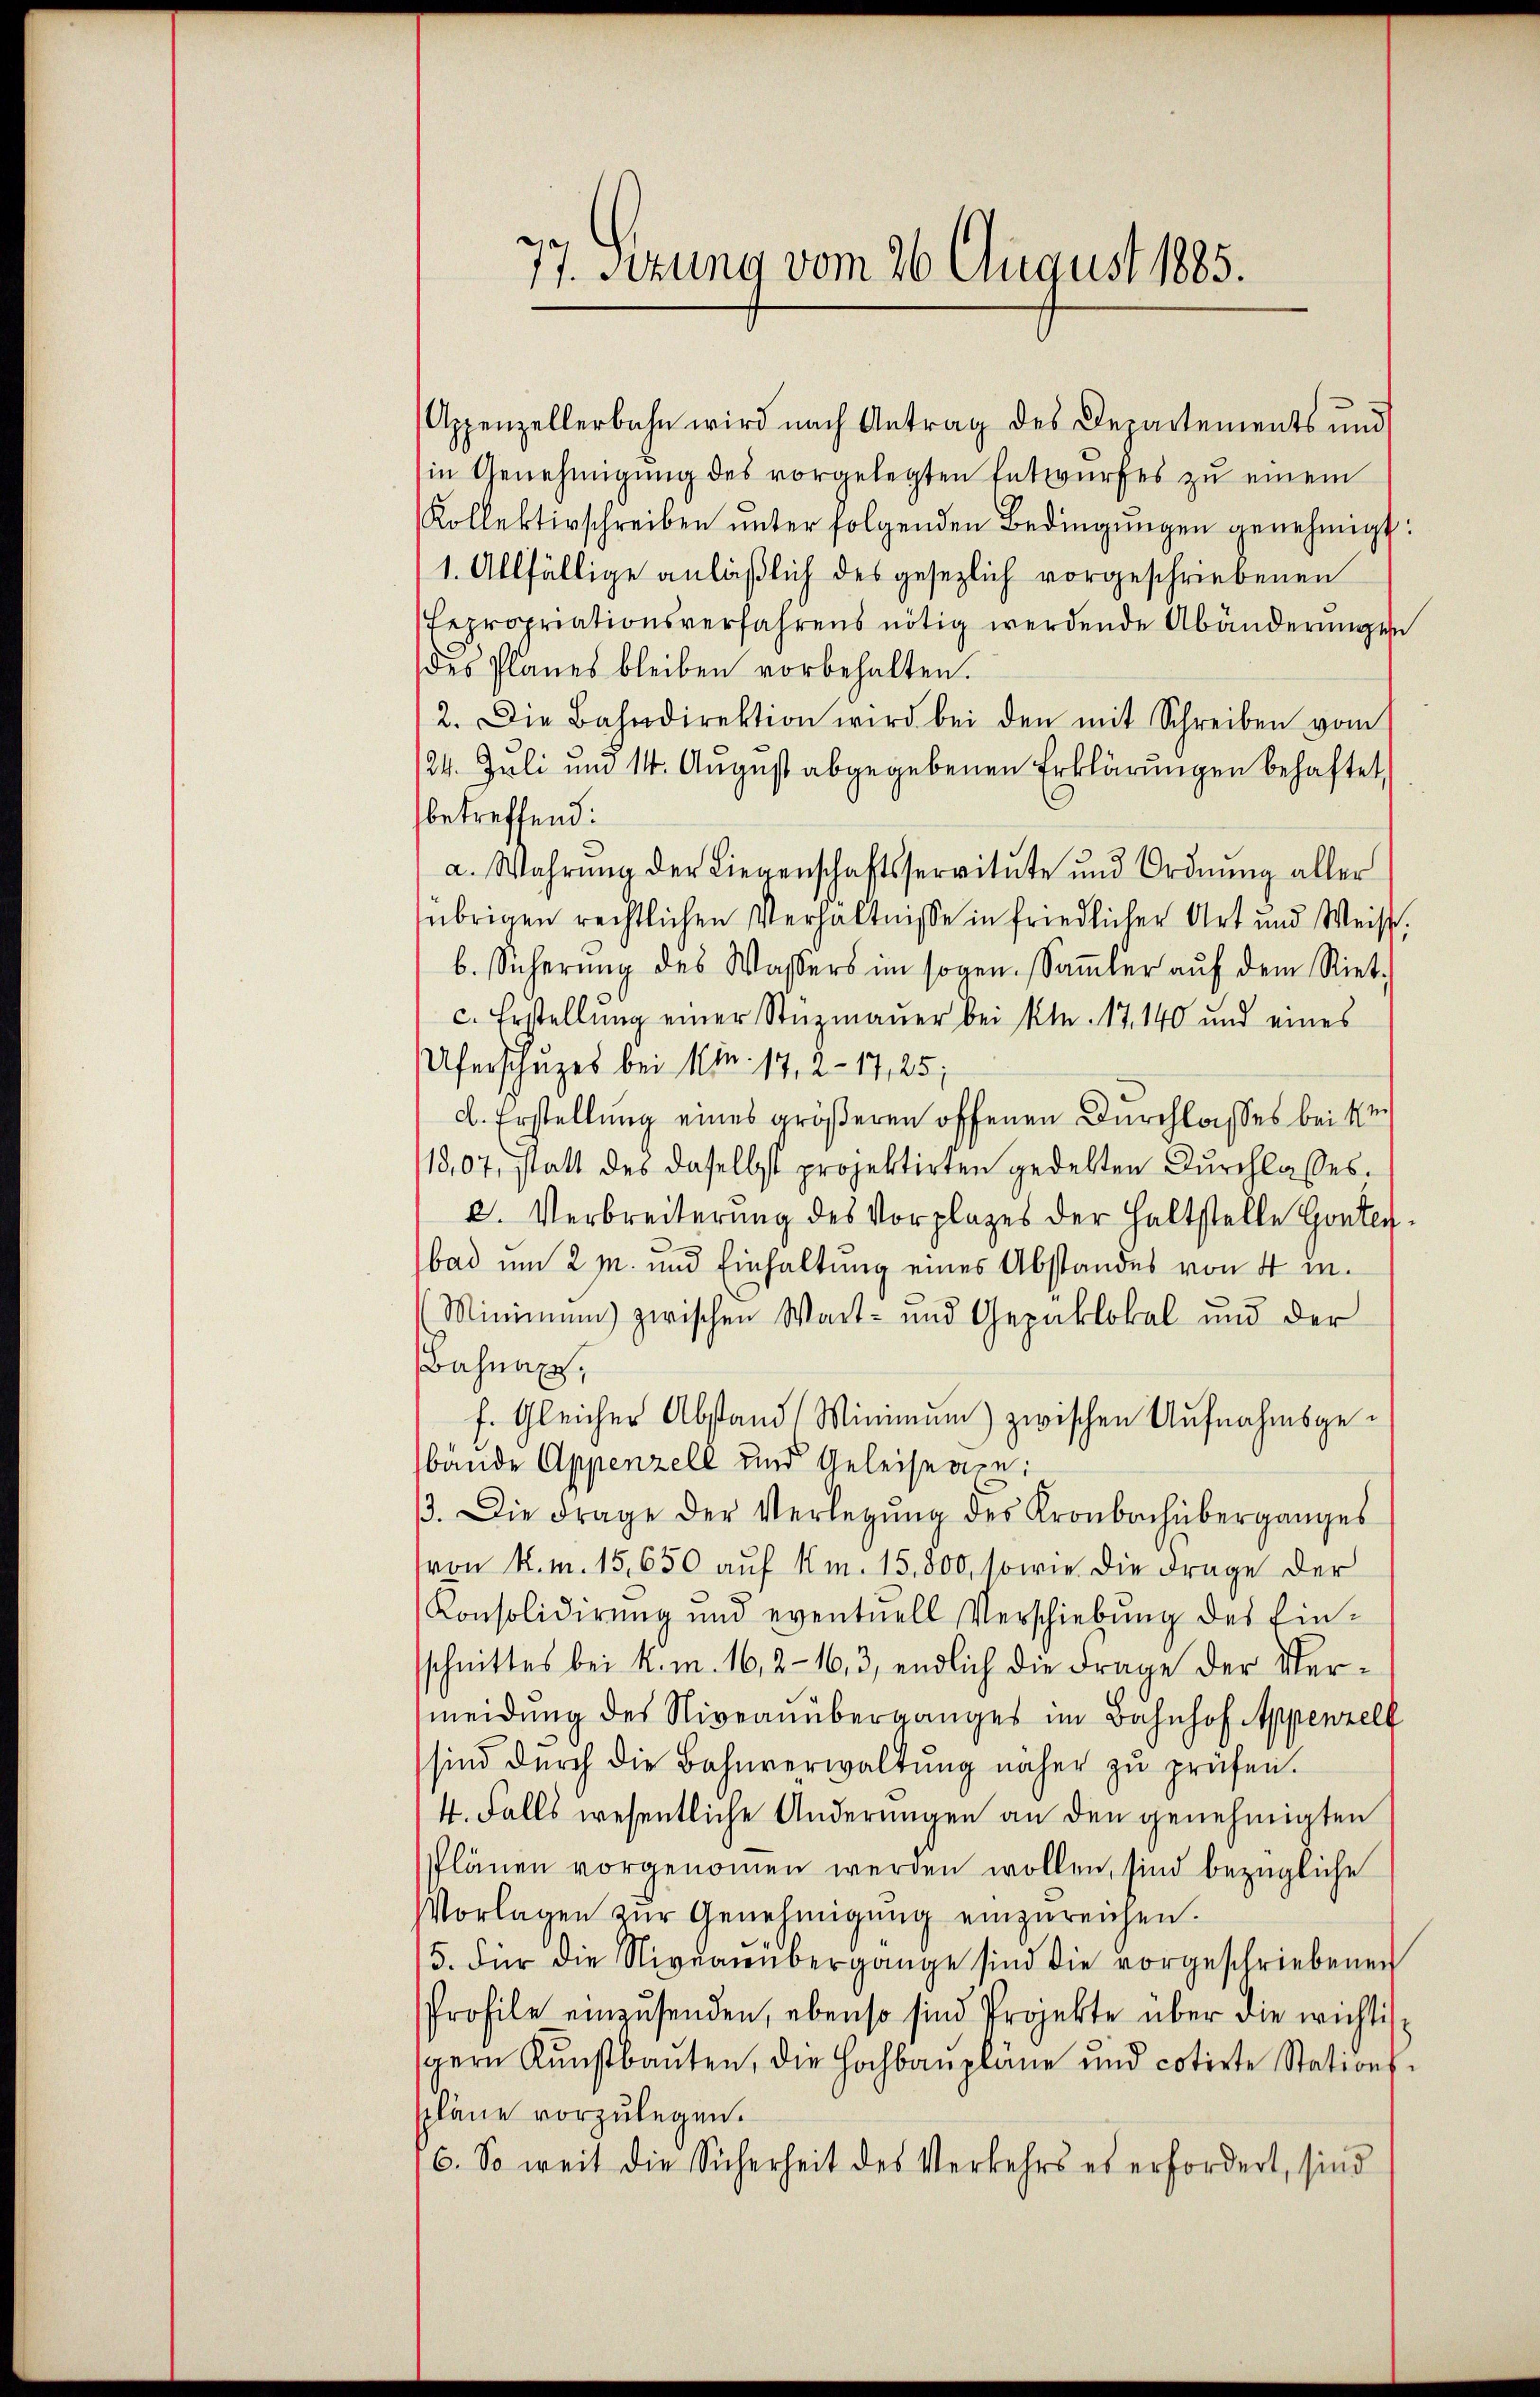
77. Sitzung vom 26. August 1885.

Appenzellerbahn wird nach Antrag des Departements und
in Genehmigung des vorgelegten Entwurfes zu einem
Kollektivschreiben ŭnter folgenden Bedingŭngen genehmigt:
1. Allfällige anläßlich des gesezlich vorgeschriebenen
Eepropriationsverfahrens nötig werdende Abänderŭngen
des Planes bleiben vorbehalten.
2. Die Bahndirektion wird bei den mit Schreiben vom
24. Juli um 14. August abgegebenen Erklärungen behaftet,
betreffend:
a. Wahrŭng der Liegenschaftsservitŭte und Ordnŭng aller
übrigen rechtlichen Verhältnisse in friedlicher Art und Weiss,
b. Sicherung des Wassers im sogen. Saṁler aŭf dem Riet-
c. Erstellŭng einer Stüzmauer bei kn. 17. 140 und eines
Uferschuzes bei M. 17, 2-17,25;
d. Erstellung eines größeren offenen Durchlasses bei kr
18,07, statt des daselbst projektirten gedelten Durchlasses.
2. Verbreiterung des Vorplages der haltstelle Hontli
bad um 2 M. und Einhaltung eines Abstandes von 4 m.
(Minimum zwischen Wart- und Gepnklokal und der
Bahnaxe,
f. Gleicher Abstand (Mimmung) zwischen Aufnahmsgebände Appenzell und Geleistage:
β. Die Frage der Verlegŭng des Kronbachüberganges
von K. m. 15,650 auf Km. 15,800, sowie die Frage der
Konsolidirung und eventuell Verschiebung des Ein-
schnittes bei K. m. 16, 2 - 16, 3, endlich die Frage der Vermeidung des Niveanüberganges im Bahnhof Appenzell
sind dŭrch die Bahnverwaltŭng näher zŭ prüfen.
4. Falls wesentliche Änderungen an den genehmigten
Plänen vorgenommen werden wollen, sind bezügliche
Vorlagen zŭr Genehmigŭng einzureichen.
5. Für die Niveaŭübergange sind die vorgeschriebenen
Profile einzusenden, ebenso sind Projekte über die wichtig
gern Kunstbaŭten, die Hochbaupläne und cotirte Stations-
spläne vorzulegen.
6. So weit die Sicherheit des Verkehrs es erfordert, sind